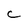
Character: C